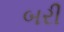
બરી